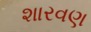
શારવણ